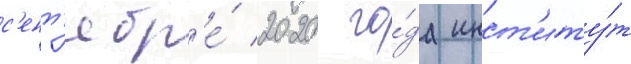
с'ент'ябр'е́ 2020 го́да инст'иту́т